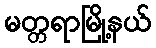
မတ္တရာမြို့နယ်